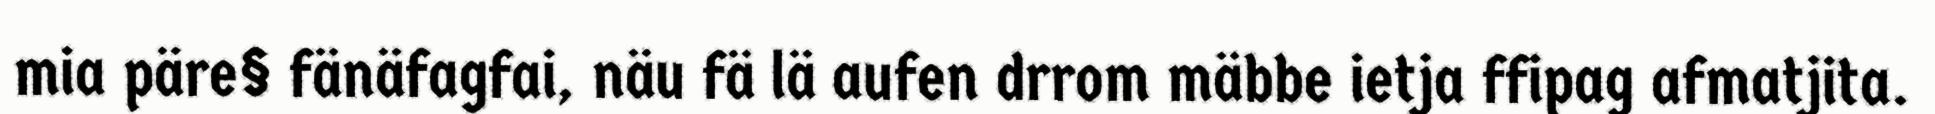
mia päre§ fänäfagfai, näu fä lä aufen drrom mäbbe ietja ffipag afmatjita.